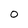
Character: o